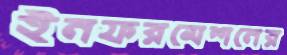
ইনফরমেশনের